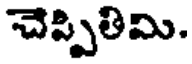
చెప్పితిమి.